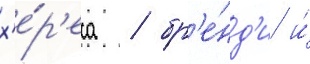
х'е́р'еса / бр'е́нд'и и́